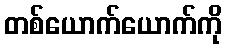
တစ်ယောက်ယောက်ကို